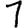
Digit: 1